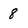
Character: 8